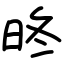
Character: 昸